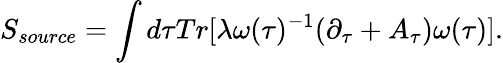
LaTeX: S_{source}=\int d\tau Tr[\lambda\omega(\tau)^{-1}(\partial_{\tau}+A_{\tau})\omega(\tau)].